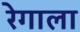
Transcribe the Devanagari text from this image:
रेगाला